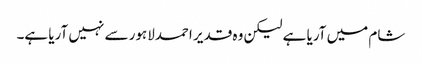
شام میں آریا ہے لیکن وہ قدیر احمدلاہور سے نہیں آریا ہے۔